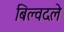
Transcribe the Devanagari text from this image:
बिल्वदले